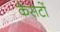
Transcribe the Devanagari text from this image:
कैसटों